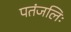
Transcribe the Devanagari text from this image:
पतंजलिः